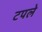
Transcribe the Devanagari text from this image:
टपले